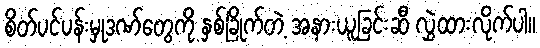
စိတ်ပင်ပန်းမှုဒဏ်တွေကို နှစ်ခြိုက်တဲ့ အနားယူခြင်းဆီ လွှဲထားလိုက်ပါ။